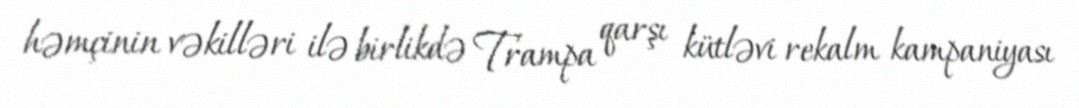
həmçinin vəkilləri ilə birlikdə Trampa qarşı kütləvi rekalm kampaniyası